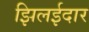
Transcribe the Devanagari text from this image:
झिलईदार